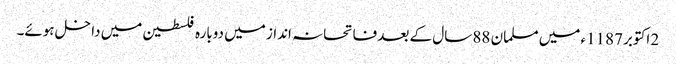
2 اکتوبر 1187ء میں مسلمان 88 سال کے بعد فاتحانہ انداز میں دوبارہ فلسطین میں داخل ہوئے۔